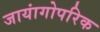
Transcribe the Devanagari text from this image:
जायांगोपरिक